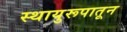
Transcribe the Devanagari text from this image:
स्थायुरूपातून